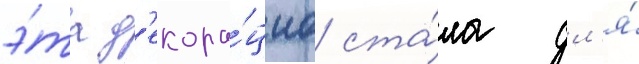
э́та д'екора́циа ста́ла дл'я́